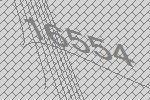
16554